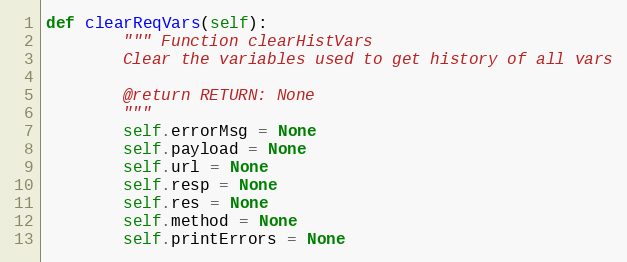
Language: Python
def clearReqVars(self):
        """ Function clearHistVars
        Clear the variables used to get history of all vars

        @return RETURN: None
        """
        self.errorMsg = None
        self.payload = None
        self.url = None
        self.resp = None
        self.res = None
        self.method = None
        self.printErrors = None